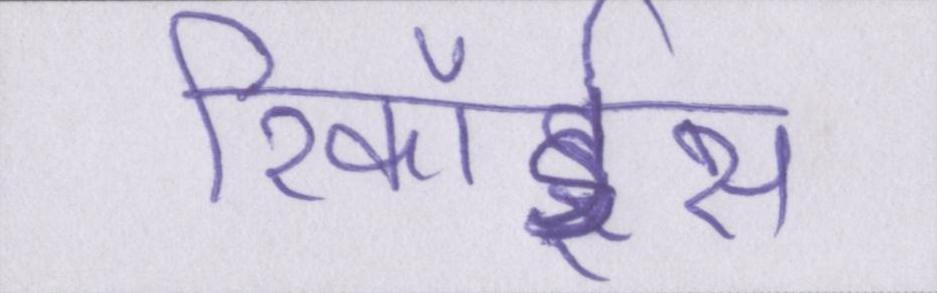
रिकॉर्ड्स